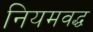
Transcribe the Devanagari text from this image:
नियमवद्ध